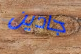
جادين